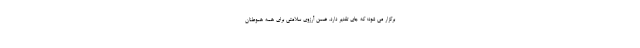
برگزار می شود؛ که جای تقدیر دارد. ضمن آرزوی سلامتی برای همه هموطنان